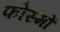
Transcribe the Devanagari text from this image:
फोस्मों